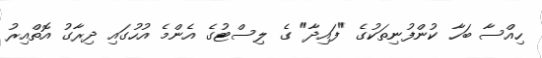
ހިއްސާ ބަހާ ކުންފުނިތަކުގެ "ފައިދާ" ގެ ލިސްޓުގެ އެންމެ އުހުގައި ދިރާގު އޮތްއިރު